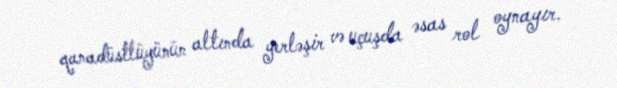
qanadüstlüyünün altında yerləşir və uçuşda əsas rol oynayır.